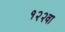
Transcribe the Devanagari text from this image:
१२२वा